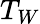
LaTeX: T_{W}